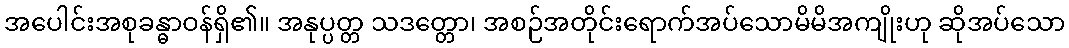
အပေါင်းအစုခန္ဓာဝန်ရှိ၏။ အနုပ္ပတ္တ သဒတ္တော၊ အစဉ်အတိုင်းရောက်အပ်သောမိမိအကျိုးဟု ဆိုအပ်သော